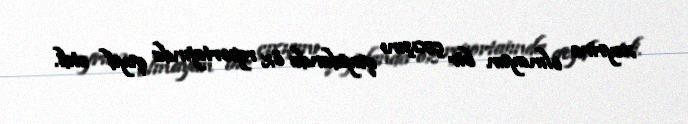
xeyrinə olmayan bir çıxışını qayıdanda öz reportajında qeyd etdi.